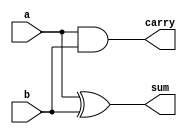
`timescale 1ns / 1ps

module HA( a, b, sum, carry );
    input a, b;
    output sum, carry;
     
    assign sum = a^b;
    assign carry = a&b;
    
endmodule